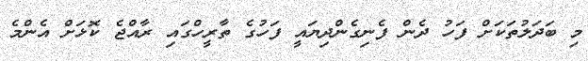
މި ބަދަލުތަކަށް ފަހު ދެން ފެނިގެންދިޔައީ ފަހުގެ ތާރީހްގައި ރާއްޖެ ކޮޅަށް އެންމެ